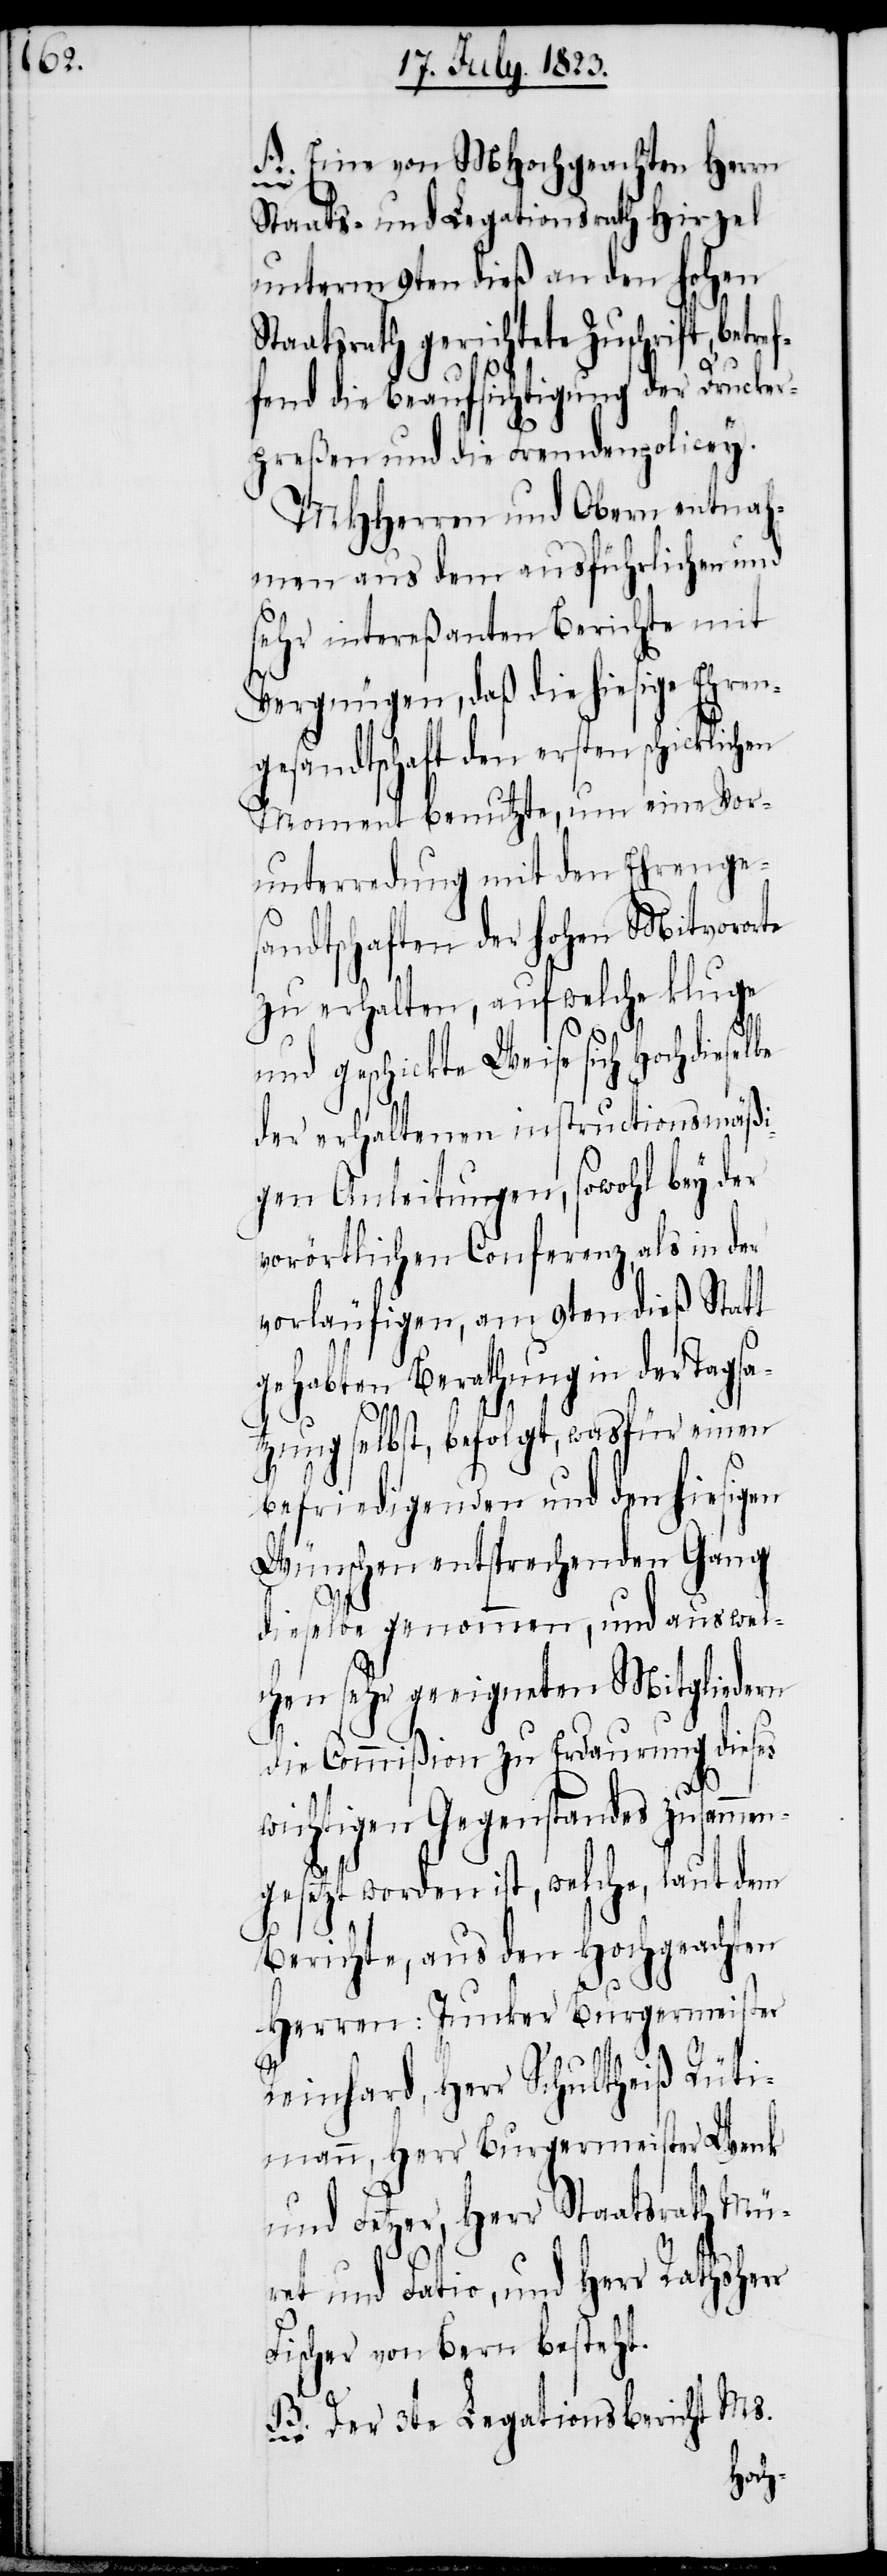
A. Eine von MHochgeachten Herrn
r
Staats- und Legationsrath Hirzel
unterm 9ten dieß an den hohen
Staatsrath gerichtete Zuschrift, betr¬
fend die Beaufsichtigung der Drucker¬
preßen und die Fremdenpolicey.
MHHerren und Obern entnah¬
men aus dem ausführlichen und
sehr intereßanten Berichte mit
Vergnügen, daß die hiesige Ehren¬
gesandtschaft den ersten schicklichen
Moment benutzte, um eine Vor¬
sandtschaften der hohen Mitvororte
zu erhalten, auf welche kluge
und geschickte Weise sich Hochdieselbe
der erhaltenen instructionsmäßi¬
gen Anleitungen, sowohl bey der
vorörtlichen Conferenz, als in der
vorläufigen, am 9ten dieß Statt
gehabten Berathung in der Tagsa¬
tzung selbst, befolgt, wasfür einen
befriedigenden und den hiesigen
Wünschen entsprechenden Gang
dieselbe genommen, und aus welc¬
hen sehr geeigneten Mitgliedern
die Commißion zu Erdaurung dieses
wichtigen Gegenstandes zusammen¬
gesetzt worden ist, welche, laut dem
Berichte, aus den Hochgeachten
Herren: Junker Burgermeister
Reinhard, Herr Schlutheiß Rüti¬
mann, Herr Burgermeister Wenk
und Fetzer, Herr Staatsrath Mü¬
ret und Fatio, und Herr Rathsher¬
Fischer von Bern besteht.
B. Der 3te Legationsbericht Ms.
hren¬